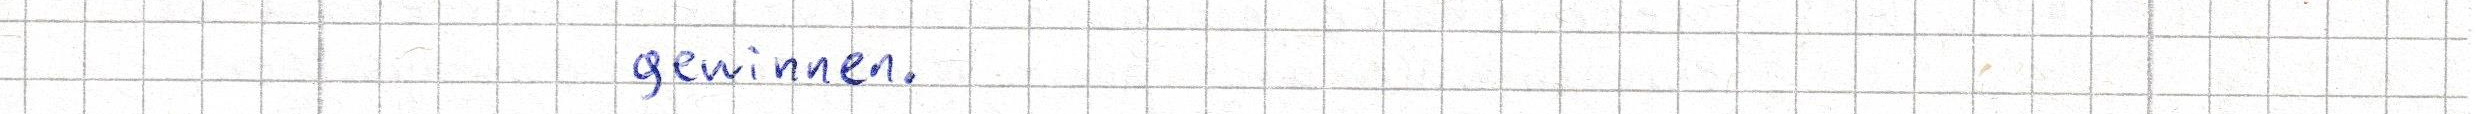
gewinnen.